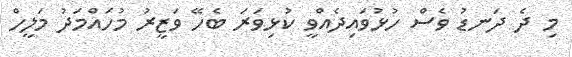
މި ދެ ދަނޑު ވެސް ހުޅުވައިދެއްވީ ކުޅިވަރަ ބެހޭ ވަޒީރު މުހައްމަދު މަލީހް